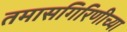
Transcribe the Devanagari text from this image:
तमासगिरिणीच्या